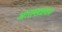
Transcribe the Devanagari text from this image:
आराखडय़ात